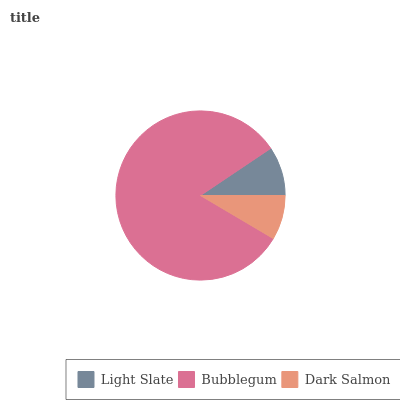
| Light Slate | Bubblegum | Dark Salmon |
 | --- | --- | --- |
 | 9.4% | 82.1% | 8.5% |